Leaving Certificate, 1899
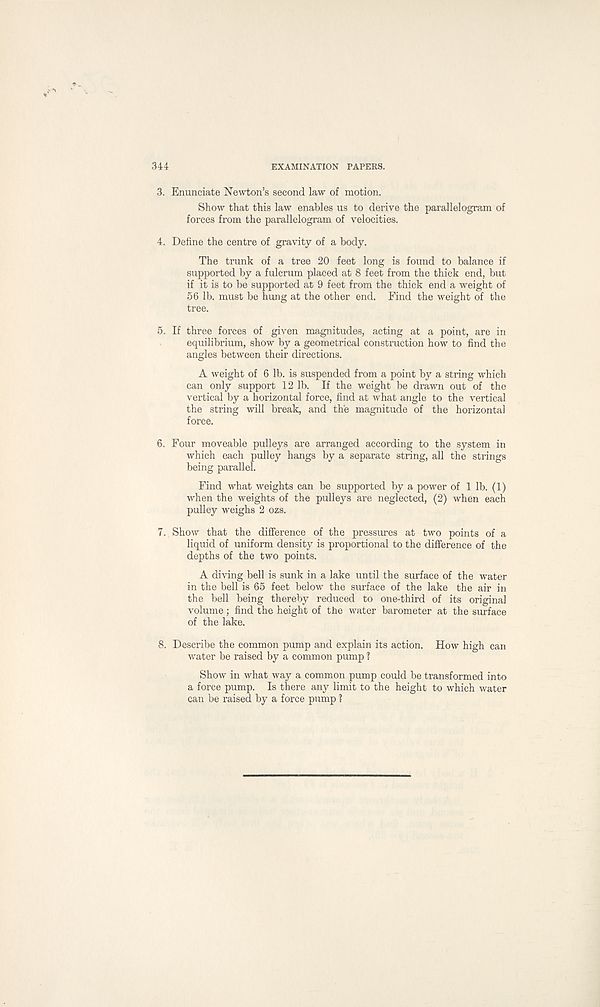
344
EXAMINATION PAPERS.
3. Enunciate Newton’s second law of motion.
Show that this law enables us to derive the parallelogram of
forces from the parallelogram of velocities.
4. Define the centre of gravity of a body.
The trunk of a tree 20 feet long is found to balance if
supported by a fulcrum placed at 8 feet from the thick end, but
if it is to be supported at 9 feet from the thick end a weight of
56 lb. must be hung at the other end. Find the weight of the
tree.
5. If three forces of given magnitudes, acting at a point, are in
equilibrium, show by a geometrical construction how to find the
angles between their directions.
A weight of 6 lb. is suspended from a point by a string which
can only support 12 lb. If the weight be drawn out of the
vertical by a horizontal force, find at what angle to the vertical
the string will break, and the magnitude of the horizontal
force.
6. Four moveable pulleys are arranged according to the system in
which each pulley hangs by a separate string, all the strings
being parallel.
Find what weights can be supported by a power of 1 lb. (1)
when the weights of the pulleys are neglected, (2) when each
pulley weighs 2 ozs.
7. Show that the difference of the pressures at two points of a
liquid of uniform density is proportional to the difference of the
depths of the two points.
A diving bell is sunk in a lake until the surface of the water
in the bell is 65 feet below the surface of the lake the air in
the bell being thereby reduced to one-third of its original
volume; find the height of the water barometer at the surface
of the lake.
8. Describe the common pump and explain its action. How high can
water be raised by a common pump 1
Show in what way a common pump could be transformed into
a force pump. Is there any limit to the height to which water
can be raised by a force pump 1